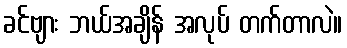
ခင်ဗျား ဘယ်အချိန် အလုပ် တက်တာလဲ။